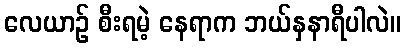
လေယာဉ် စီးရမဲ့ နေရာက ဘယ်နှနာရီပါလဲ။